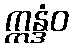
ဣန္ဒံဝ